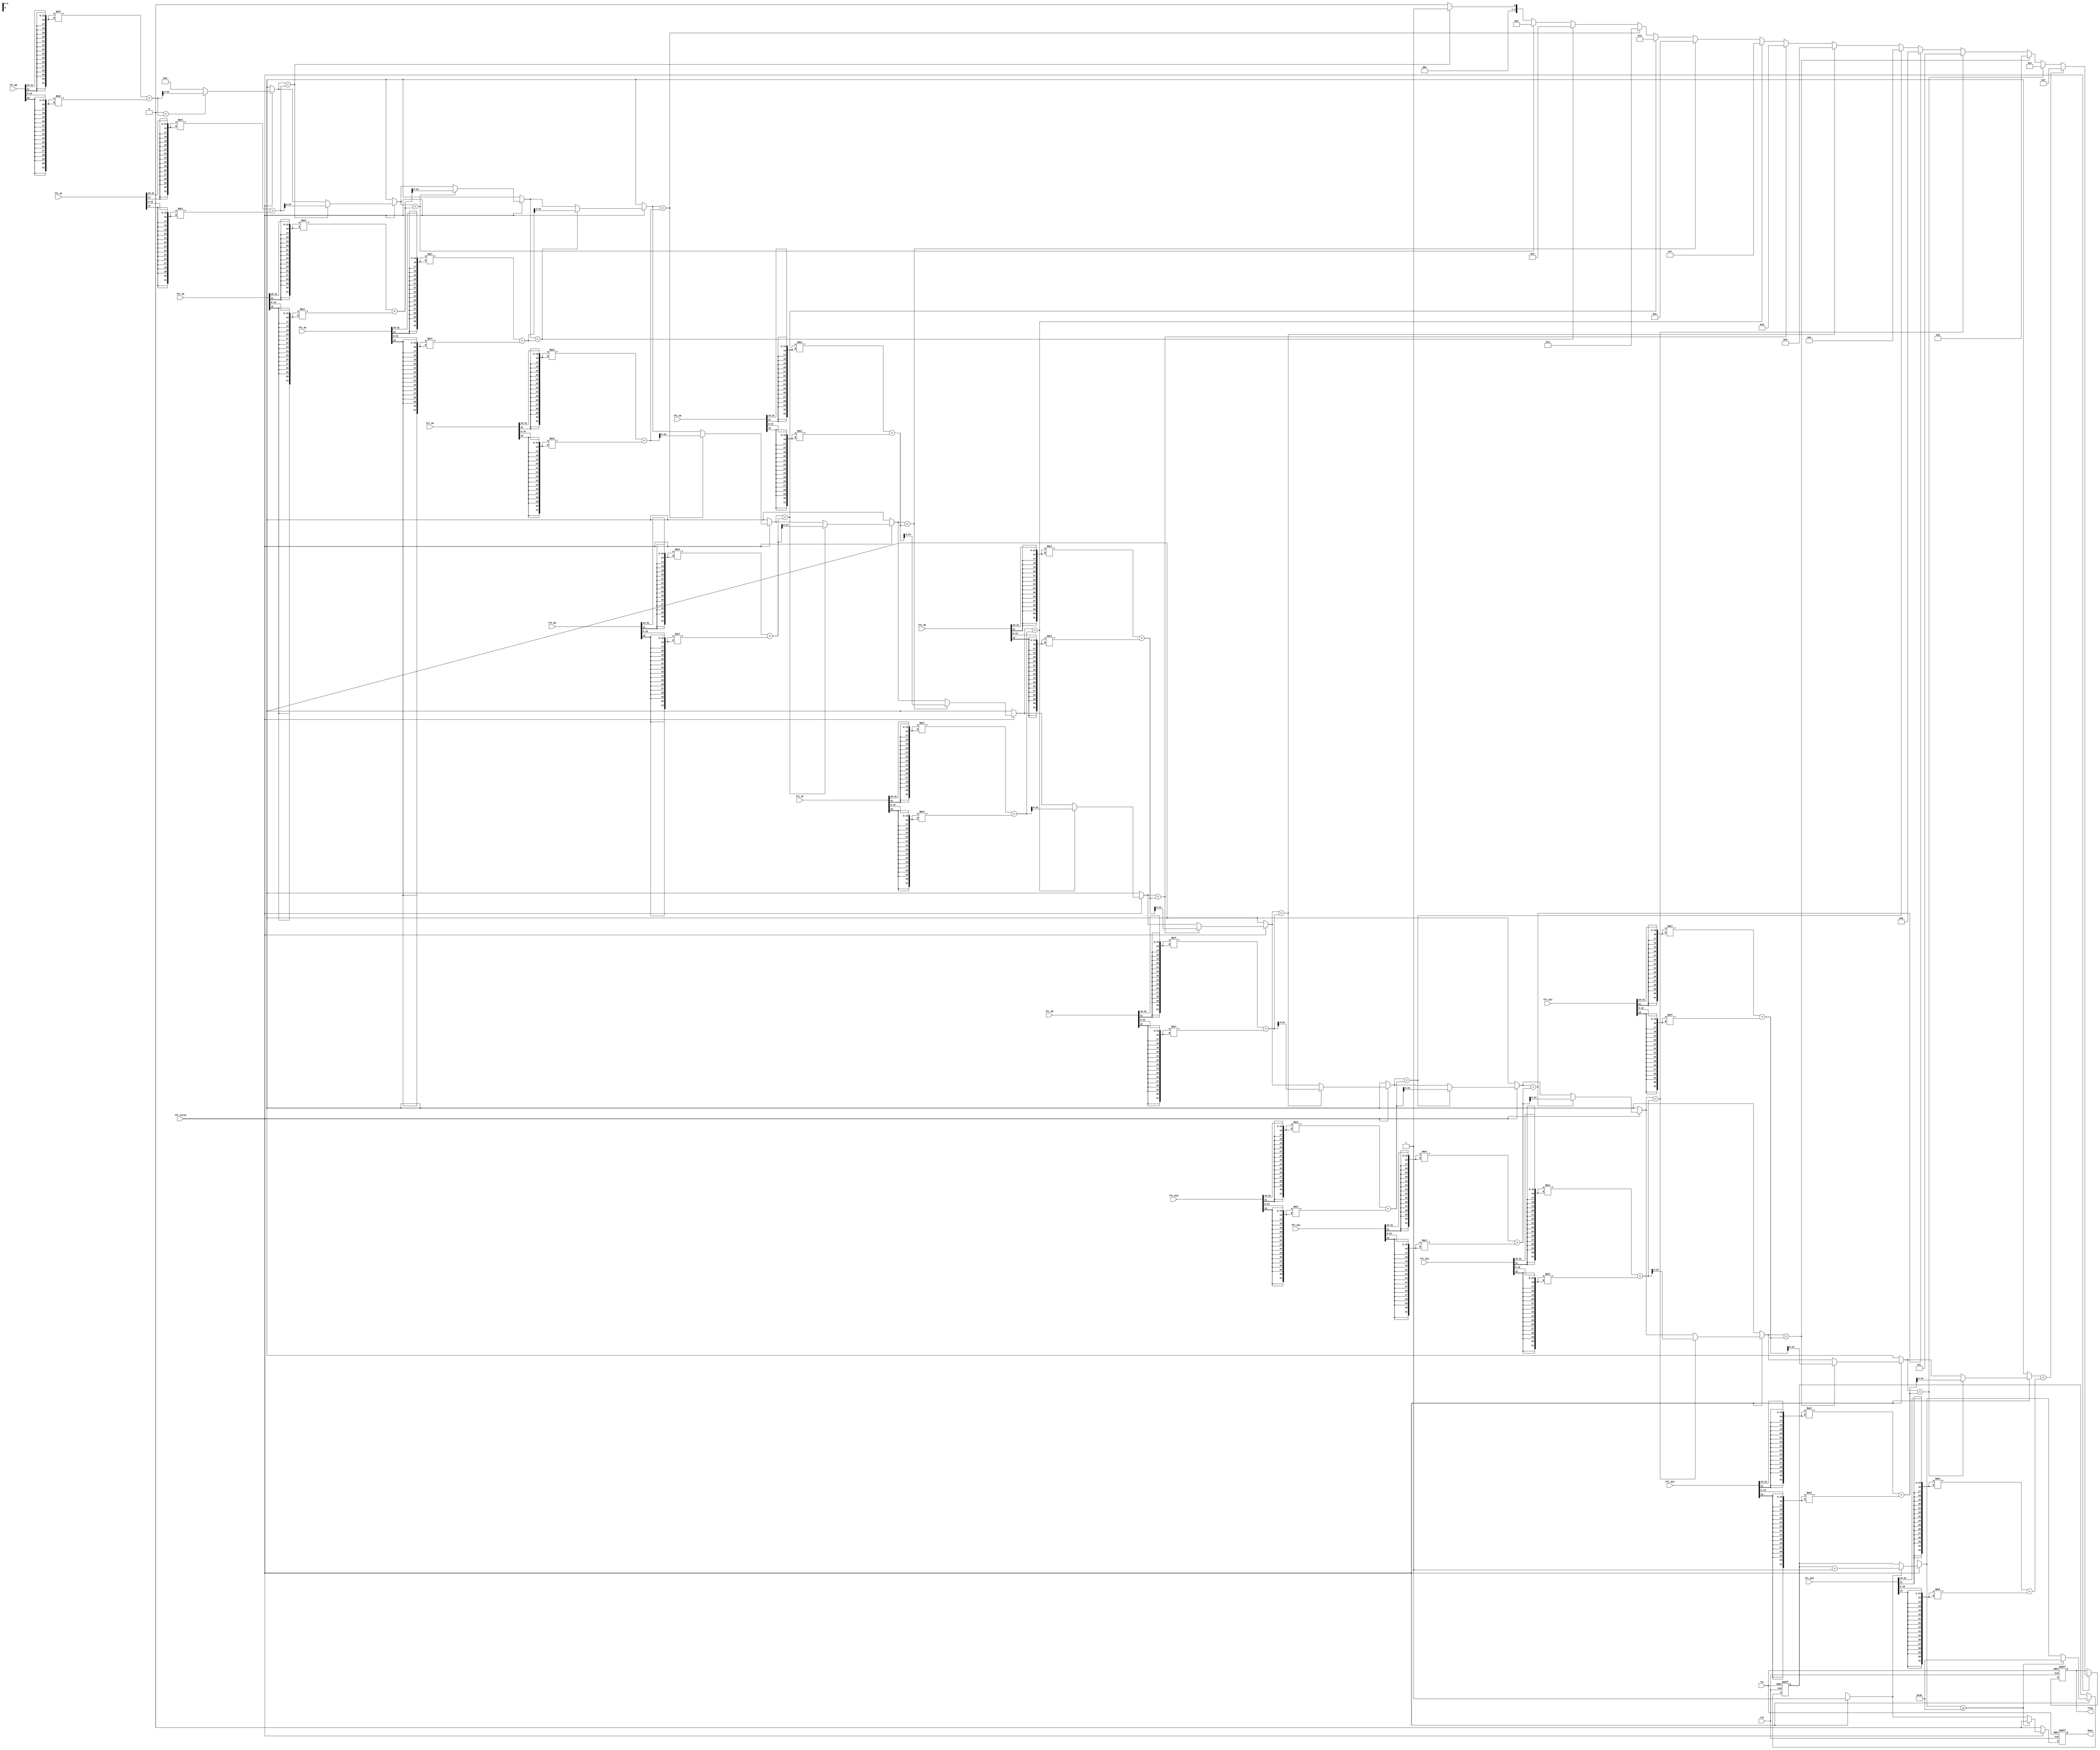
module AC(clk, rst, fft_valid, done, freq,
            fft_d0, fft_d1, fft_d2, fft_d3, fft_d4, fft_d5, fft_d6, fft_d7,
            fft_d8, fft_d9, fft_d10, fft_d11, fft_d12, fft_d13, fft_d14, fft_d15);
input clk, rst, fft_valid;
input [31:0] fft_d0, fft_d1, fft_d2, fft_d3, fft_d4, fft_d5, fft_d6, fft_d7,
             fft_d8, fft_d9, fft_d10, fft_d11, fft_d12, fft_d13, fft_d14, fft_d15;
output done;
output [3:0] freq;
//---------------------------------------------------------------------------------
reg done;
reg [3:0] freq;
reg [4:0] i;
reg [6:0] count;

reg [32:0] dist [15:0];
reg [24:0] max;
//---------------------------------------------------------------------------------
always@(posedge clk or posedge rst) begin
    if(rst) begin
        done = 0; freq = 0; max = 0; count = 0;
    end else begin
        if(done) done = 0;
        if(fft_valid) begin
            max = 0; freq = 0;

            dist[0] = {{16{fft_d0[31]}},  fft_d0[31:16]} * {{16{fft_d0[31]}},  fft_d0[31:16]}
                        + {{16{fft_d0[15]}},  fft_d0[15:0]} * {{16{fft_d0[15]}},  fft_d0[15:0]};
            dist[1] = {{16{fft_d1[31]}},  fft_d1[31:16]} * {{16{fft_d1[31]}},  fft_d1[31:16]}
                        + {{16{fft_d1[15]}},  fft_d1[15:0]} * {{16{fft_d1[15]}},  fft_d1[15:0]};
            dist[2] = {{16{fft_d2[31]}},  fft_d2[31:16]} * {{16{fft_d2[31]}},  fft_d2[31:16]}
                        + {{16{fft_d2[15]}},  fft_d2[15:0]} * {{16{fft_d2[15]}},  fft_d2[15:0]};
            dist[3] = {{16{fft_d3[31]}},  fft_d3[31:16]} * {{16{fft_d3[31]}},  fft_d3[31:16]}
                        + {{16{fft_d3[15]}},  fft_d3[15:0]} * {{16{fft_d3[15]}},  fft_d3[15:0]};
            dist[4] = {{16{fft_d4[31]}},  fft_d4[31:16]} * {{16{fft_d4[31]}},  fft_d4[31:16]}
                        + {{16{fft_d4[15]}},  fft_d4[15:0]} * {{16{fft_d4[15]}},  fft_d4[15:0]};
            dist[5] = {{16{fft_d5[31]}},  fft_d5[31:16]} * {{16{fft_d5[31]}},  fft_d5[31:16]}
                        + {{16{fft_d5[15]}},  fft_d5[15:0]} * {{16{fft_d5[15]}},  fft_d5[15:0]};
            dist[6] = {{16{fft_d6[31]}},  fft_d6[31:16]} * {{16{fft_d6[31]}},  fft_d6[31:16]}
                        + {{16{fft_d6[15]}},  fft_d6[15:0]} * {{16{fft_d6[15]}},  fft_d6[15:0]};
            dist[7] = {{16{fft_d7[31]}},  fft_d7[31:16]} * {{16{fft_d7[31]}},  fft_d7[31:16]}
                        + {{16{fft_d7[15]}},  fft_d7[15:0]} * {{16{fft_d7[15]}},  fft_d7[15:0]};
            dist[8] = {{16{fft_d8[31]}},  fft_d8[31:16]} * {{16{fft_d8[31]}},  fft_d8[31:16]}
                        + {{16{fft_d8[15]}},  fft_d8[15:0]} * {{16{fft_d8[15]}},  fft_d8[15:0]};
            dist[9] = {{16{fft_d9[31]}},  fft_d9[31:16]} * {{16{fft_d9[31]}},  fft_d9[31:16]}
                        + {{16{fft_d9[15]}},  fft_d9[15:0]} * {{16{fft_d9[15]}},  fft_d9[15:0]};
            dist[10] = {{16{fft_d10[31]}},  fft_d10[31:16]} * {{16{fft_d10[31]}},  fft_d10[31:16]}
                        + {{16{fft_d10[15]}},  fft_d10[15:0]} * {{16{fft_d10[15]}},  fft_d10[15:0]};
            dist[11] = {{16{fft_d11[31]}},  fft_d11[31:16]} * {{16{fft_d11[31]}},  fft_d11[31:16]}
                        + {{16{fft_d11[15]}},  fft_d11[15:0]} * {{16{fft_d11[15]}},  fft_d11[15:0]};
            dist[12] = {{16{fft_d12[31]}},  fft_d12[31:16]} * {{16{fft_d12[31]}},  fft_d12[31:16]}
                        + {{16{fft_d12[15]}},  fft_d12[15:0]} * {{16{fft_d12[15]}},  fft_d12[15:0]};
            dist[13] = {{16{fft_d13[31]}},  fft_d13[31:16]} * {{16{fft_d13[31]}},  fft_d13[31:16]}
                        + {{16{fft_d13[15]}},  fft_d13[15:0]} * {{16{fft_d13[15]}},  fft_d13[15:0]};
            dist[14] = {{16{fft_d14[31]}},  fft_d14[31:16]} * {{16{fft_d14[31]}},  fft_d14[31:16]}
                        + {{16{fft_d14[15]}},  fft_d14[15:0]} * {{16{fft_d14[15]}},  fft_d14[15:0]};
            dist[15] = {{16{fft_d15[31]}},  fft_d15[31:16]} * {{16{fft_d15[31]}},  fft_d15[31:16]}
                        + {{16{fft_d15[15]}},  fft_d15[15:0]} * {{16{fft_d15[15]}},  fft_d15[15:0]};

            for(i = 0; i <= 15; i = i + 1) begin
                if(max < dist[i]) begin
                    max = dist[i];
                    freq = i;
                end else begin
                    max = max;
                    freq = freq;
                end
                if(i == 15) begin
                    done = 1;
                end
            end
            if(done) count = count + 1;
            if(count >= 64) begin
                done = 0;
                count = 64;
            end
        end
    end
end
//---------------------------------------------------------------------------------
endmodule